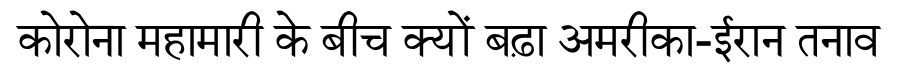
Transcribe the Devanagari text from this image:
कोरोना महामारी के बीच क्यों बढ़ा अमरीका-ईरान तनाव